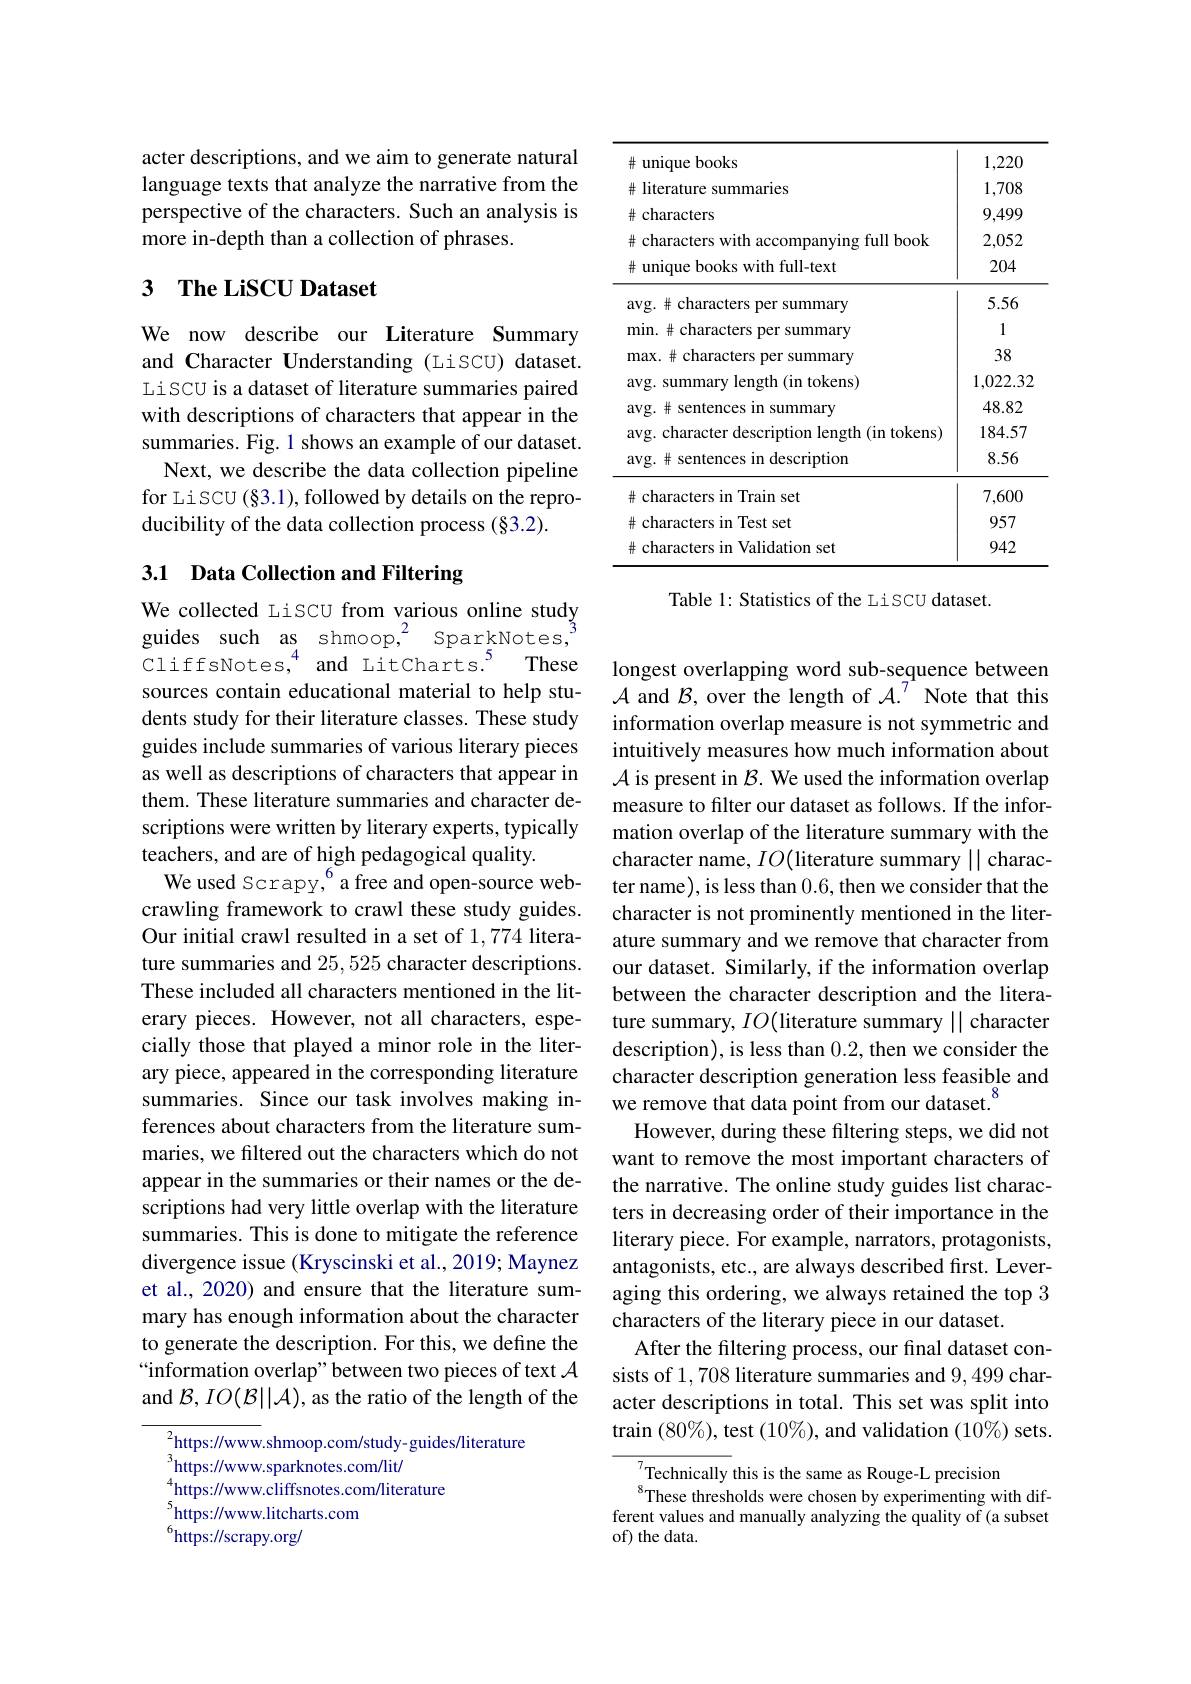
acter descriptions, and we aim to generate natural language texts that analyze the narrative from the perspective of the characters. Such an analysis is more in-depth than a collection of phrases.

# 3 The LiSCU Dataset

We now describe our Literature Summary and Character Understanding (LiSCU) dataset. Li SCU is a dataset of literature summaries paired with descriptions of characters that appear in the summaries. Fig. 1 shows an example of our dataset.
Next, we describe the data collection pipeline for Liscu (§3.1), followed by details on the reproducibility of the data collection process (§3.2).

## 3.1 Data Collection and Filtering

We collected LiSCU from various online study guides such as shmoop,$^2$ SparkNotes, CliffsNotes,$^{4}$and Litcharts.$^{5}$These sources contain educational material to help students study for their literature classes. These study guides include summaries of various literary pieces as well as descriptions of characters that appear in them. These literature summaries and character descriptions were written by literary experts, typically teachers, and are of high pedagogical quality.
We used Scrapy,$^{6}$a free and open-source webcrawling framework to crawl these study guides. Our initial crawl resulted in a set of 1,774 literature summaries and 25,525 character descriptions. These included all characters mentioned in the literary pieces. However, not all characters, especially those that played a minor role in the literary piece, appeared in the corresponding literature summaries. Since our task involves making inferences about characters from the literature summaries, we filtered out the characters which do not appear in the summaries or their names or the descriptions had very little overlap with the literature summaries. This is done to mitigate the reference divergence issue (Kryscinski et al., 2019; Maynez et al., 2020) and ensure that the literature summary has enough information about the character to generate the description. For this, we define the “information overlap”between two pieces of text $\mathcal{A}$ and $\mathcal{B},IO(\mathcal{B}||\mathcal{A})$, as the ratio of the length of the
${}_{3}^{2}$https://www.shmoop.com/study-guides/literature

$^{3}$https://www.sparknotes.com/lit/
$^{4}$https://www.cliffsnotes.com/literature
$^{5}$https://www.litcharts.com
$^{6}$https://scrapy.org/

<table>
	<tbody>
		<tr>
			<td>$\#$unique books</td>
			<td>1,220</td>
		</tr>
		<tr>
			<td># literature summaries</td>
			<td>1,708</td>
		</tr>
		<tr>
			<td># characters</td>
			<td>9,499</td>
		</tr>
		<tr>
			<td># characters with accompanying full book</td>
			<td>2,052</td>
		</tr>
		<tr>
			<td># unique books with full-text</td>
			<td>204</td>
		</tr>
		<tr>
			<td>avg. # characters per summary</td>
			<td>5.56</td>
		</tr>
		<tr>
			<td>min. $\#$ characters per summary</td>
			<td>1</td>
		</tr>
		<tr>
			<td>max. $\#$ characters per summary</td>
			<td>38</td>
		</tr>
		<tr>
			<td>avg. summary length (in tokens)</td>
			<td>1,022.32</td>
		</tr>
		<tr>
			<td>avg. # sentences in summary</td>
			<td>48.82</td>
		</tr>
		<tr>
			<td>avg. character description length (in tokens)</td>
			<td>184.57</td>
		</tr>
		<tr>
			<td>avg. # sentences in description</td>
			<td>8.56</td>
		</tr>
		<tr>
			<td>$\#$ characters in Train set</td>
			<td>7,600</td>
		</tr>
		<tr>
			<td>$\#$ characters in Test set</td>
			<td>957</td>
		</tr>
		<tr>
			<td>$\#$ characters in Validation set</td>
			<td>942</td>
		</tr>
	</tbody>
</table>

Table 1: Statistics of the Li SCU dataset.

longest overlapping word sub-sequence between $\mathcal{A}$ and $\mathcal{B}$, over the length of $\mathcal{A}.^{7^{1}}$ Note that this information overlap measure is not symmetric and intuitively measures how much information about $\mathcal{A}$ is present in $\mathcal{B}.$ We used the information overlap measure to filter our dataset as follows. If the information overlap of the literature summary with the character name, $IO($literature summary || character name), is less than 0.6, then we consider that the character is not prominently mentioned in the literature summary and we remove that character from our dataset. Similarly, if the information overlap between the character description and the literature summary, $IO($literature summary || character description), is less than 0.2, then we consider the character description generation less feasible and we remove that data point from our dataset.
However, during these filtering steps, we did not want to remove the most important characters of the narrative. The online study guides list characters in decreasing order of their importance in the literary piece. For example, narrators, protagonists, antagonists, etc., are always described first. Leveraging this ordering, we always retained the top 3 characters of the literary piece in our dataset.
After the filtering process, our final dataset consists of 1, 708 literature summaries and 9, 499 character descriptions in total. This set was split into train $(80\%)$, test $(10\%)$, and validation $(10\%)$ sets.
$_{\mathrm{o}}^{7}$Technically this is the same as Rouge-L precision

$^{8}$These thresholds were chosen by experimenting with different values and manually analyzing the quality of (a subset of) the data.